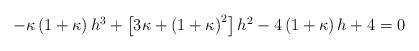
LaTeX: \begin{align*} \begin{aligned} -\kappa\left(1+\kappa\right) h^3 + \left[3\kappa + \left(1+\kappa\right)^2\right] h^2 - 4\left(1+\kappa\right) h + 4 = 0 \end{aligned} \end{align*}